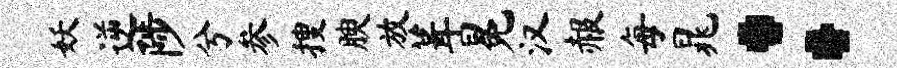
妖逆陟兮参搜腴放葺冕汉赧每晁：